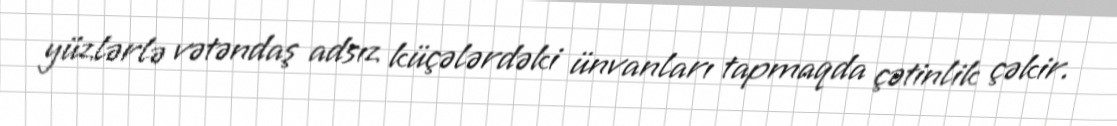
yüzlərlə vətəndaş adsız küçələrdəki ünvanları tapmaqda çətinlik çəkir.